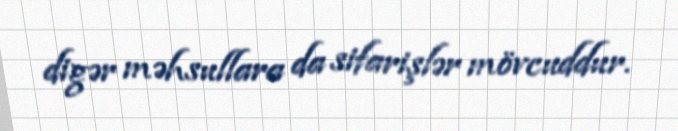
digər məhsullara da sifarişlər mövcuddur.